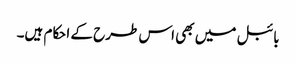
بائبل میں بھی اس طرح کے احکام ہیں۔